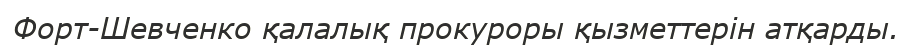
Форт-Шевченко қалалық прокуроры қызметтерін атқарды.